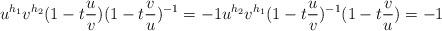
LaTeX: \begin{align*}u^{h_1} v^{h_2} (1-t\frac{u}{v}) (1-t \frac{v}{u})^{-1} = -1 u^{h_2} v^{h_1} (1-t\frac{u}{v})^{-1} (1-t \frac{v}{u}) = -1\end{align*}